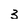
Character: 3